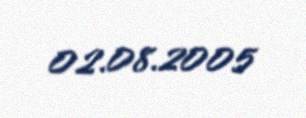
02.08.2005